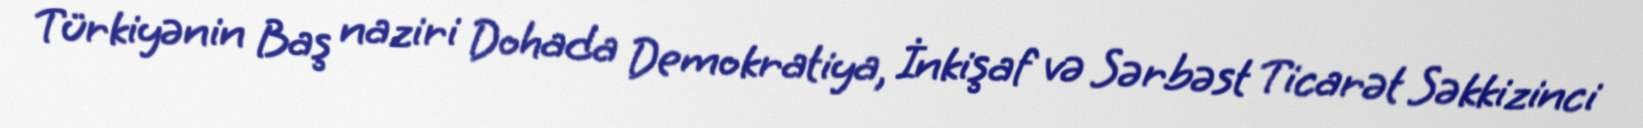
Türkiyənin Baş naziri Dohada Demokratiya, İnkişaf və Sərbəst Ticarət Səkkizinci